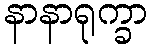
နာနာရုက္ခာ